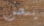
ينص